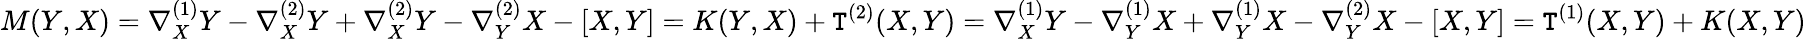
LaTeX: M(Y,X)=\nabla_{X}^{(1)}Y-\nabla_{X}^{(2)}Y+\nabla_{X}^{(2)}Y-\nabla_{Y}^{(2)}X-[X,Y]=K(Y,X)+\mathtt{T}^{(2)}(X,Y)=\nabla_{X}^{(1)}Y-\nabla_{Y}^{(1)}X+\nabla_{Y}^{(1)}X-\nabla_{Y}^{(2)}X-[X,Y]=\mathtt{T}^{(1)}(X,Y)+K(X,Y)